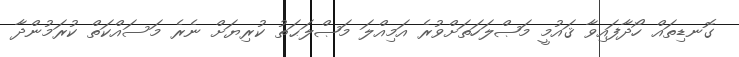
ގޮނޑިތައް ހޯދާފައިވާ ޤައުމީ މަޞްލަހަތަށްވުރެ އަމިއްލަ މަޞްލަޙަތު ކުރިޔަށް ނެރެ މަސައްކަތް ކުރަމުންދާ